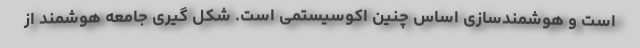
است و هوشمندسازی اساس چنین اکوسیستمی است. شکل گیری جامعه هوشمند از